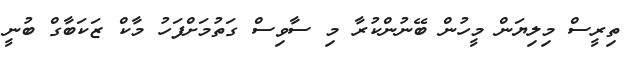
ތިރީސް މިލިޔަން މީހުން ބޭނުންކުރާ މި ސާވިސް ގަތުމަށްފަހު މާކް ޒަކަބާގް ބުނީ